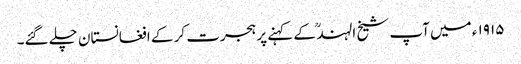
۱۹۱۵ ء میں آپ شیخ الہند ؒ کے کہنے پر ہجرت کر کے افغانستان چلے گئے۔